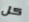
كل